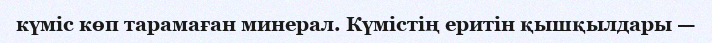
күміс көп тарамаған минерал. Күмістің еритін қышқылдары —